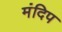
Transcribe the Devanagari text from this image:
मंदिप